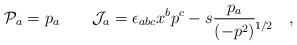
LaTeX: \begin{align*}{\cal P}_a=p_a\qquad{\cal J}_a=\epsilon_{abc}x^bp^c-s\frac{p_a}{(-p^2)\lefteqn{{}^{1/2}}}\qquad ,\end{align*}